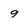
Character: 9